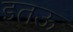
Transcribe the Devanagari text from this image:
इतऊ